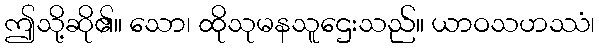
ဤသို့ဆို၏။ သော၊ ထိုသုမနသူဌေးသည်။ ယာဝသဟဿံ၊